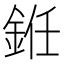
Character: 銋